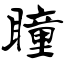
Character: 瞳